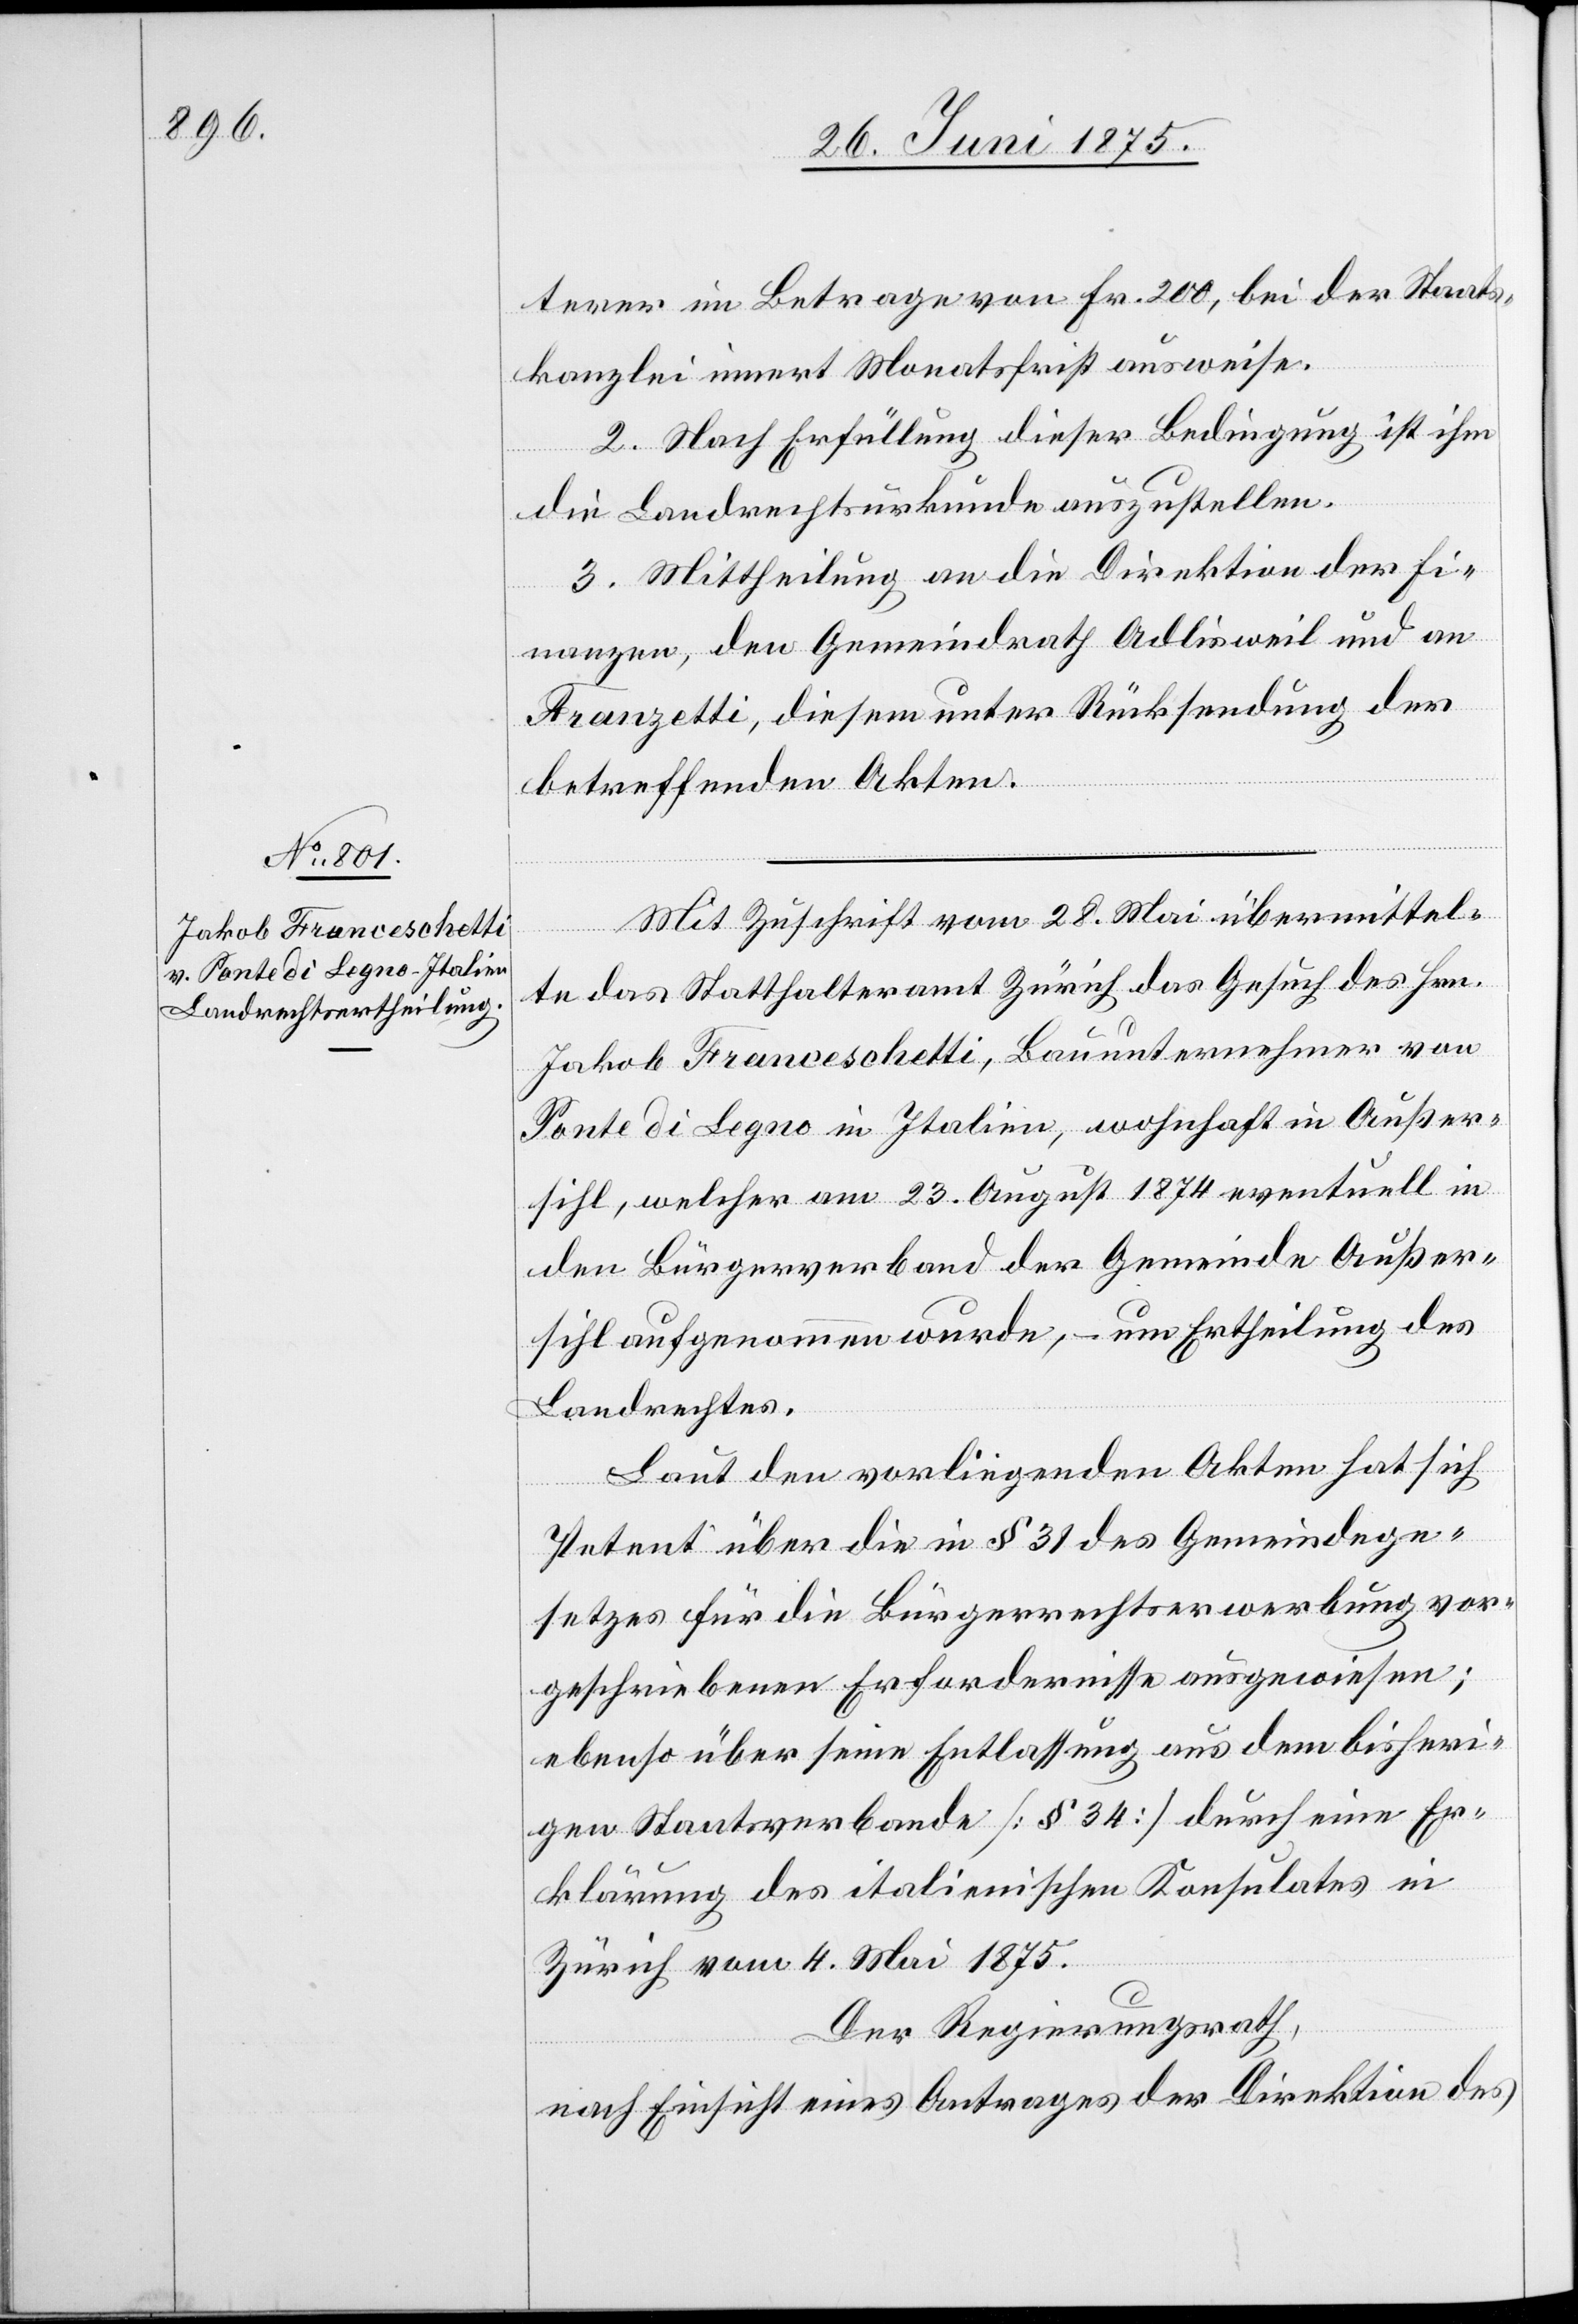
terer im Betrage von Fr. 200, bei der Staats¬
kanzlei innert Monatsfrist ausweise.
2. Nach Erfüllung dieser Bedingung ist ihm
die Landrechtsurkunde auszustellen.
3. Mittheilung an die Direktion der Fi¬
nanzen, den Gemeindrath Adlisweil und an
Franzetti, diesem unter Rücksendung der
betreffenden Akten.
Mit Zuschrift vom 28. Mai übermittel¬
te das Statthalteramt Zürich das Gesuch es Hrn.
Jakob Fraceschetti, Bauunternehmer von
Ponte di Legno in Italien, wohnhaft in Außer¬
sihl, welcher am 23. August 1874 eventuell in
den Bürgerverband der Gemeinde Außer¬
sihl aufgenommen wurde, – um Ertheilung des
Landrechtes.
Laut den vorliegenden Akten hat sich
Petent über die in § 31 des Gemeindege¬
setzes für die Bürgerrechtserwerbung vor¬
geschriebenen Erfordernisse ausgewiesen;
ebenso über seine Entlassung aus dem bisheri¬
gen Staatsverbande [§ 34] durch eine Er¬
klärung des italienischen Konsulates in
Zürich vom 4. Mai 1875.
Der Regierungsrath,
nach Einsicht eines Antrages der Direktion des